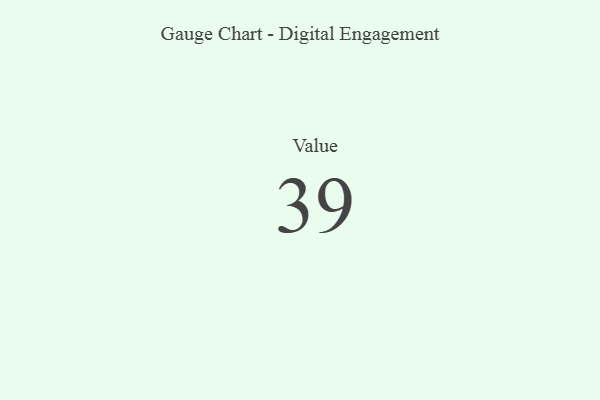
{"axis": {"x": "Metric", "y": "Value"}, "legend": [""], "data": [{"x": "Value", "y": 39, "type": ""}]}